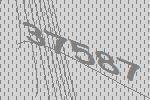
37587